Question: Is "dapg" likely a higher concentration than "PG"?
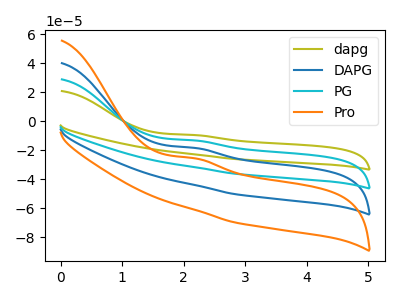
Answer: <think>The olive curve "dapg" has an anodic peak at: (2.20V, -9.60uA). The blue curve "DAPG" has an anodic peak at: (2.20V, -26.60uA). The cyan curve "PG" has an anodic peak at: (2.20V, -13.30uA). The orange curve "Pro" has an anodic peak at: (2.20V, -39.90uA).
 All the peaks in "dapg" have a peak in "PG" at the same potential. Every peak in "dapg" is higher than every peak in "PG".</think>
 <answer>"dapg" has more signal than "PG".</answer>
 <eval>more_signal</eval>